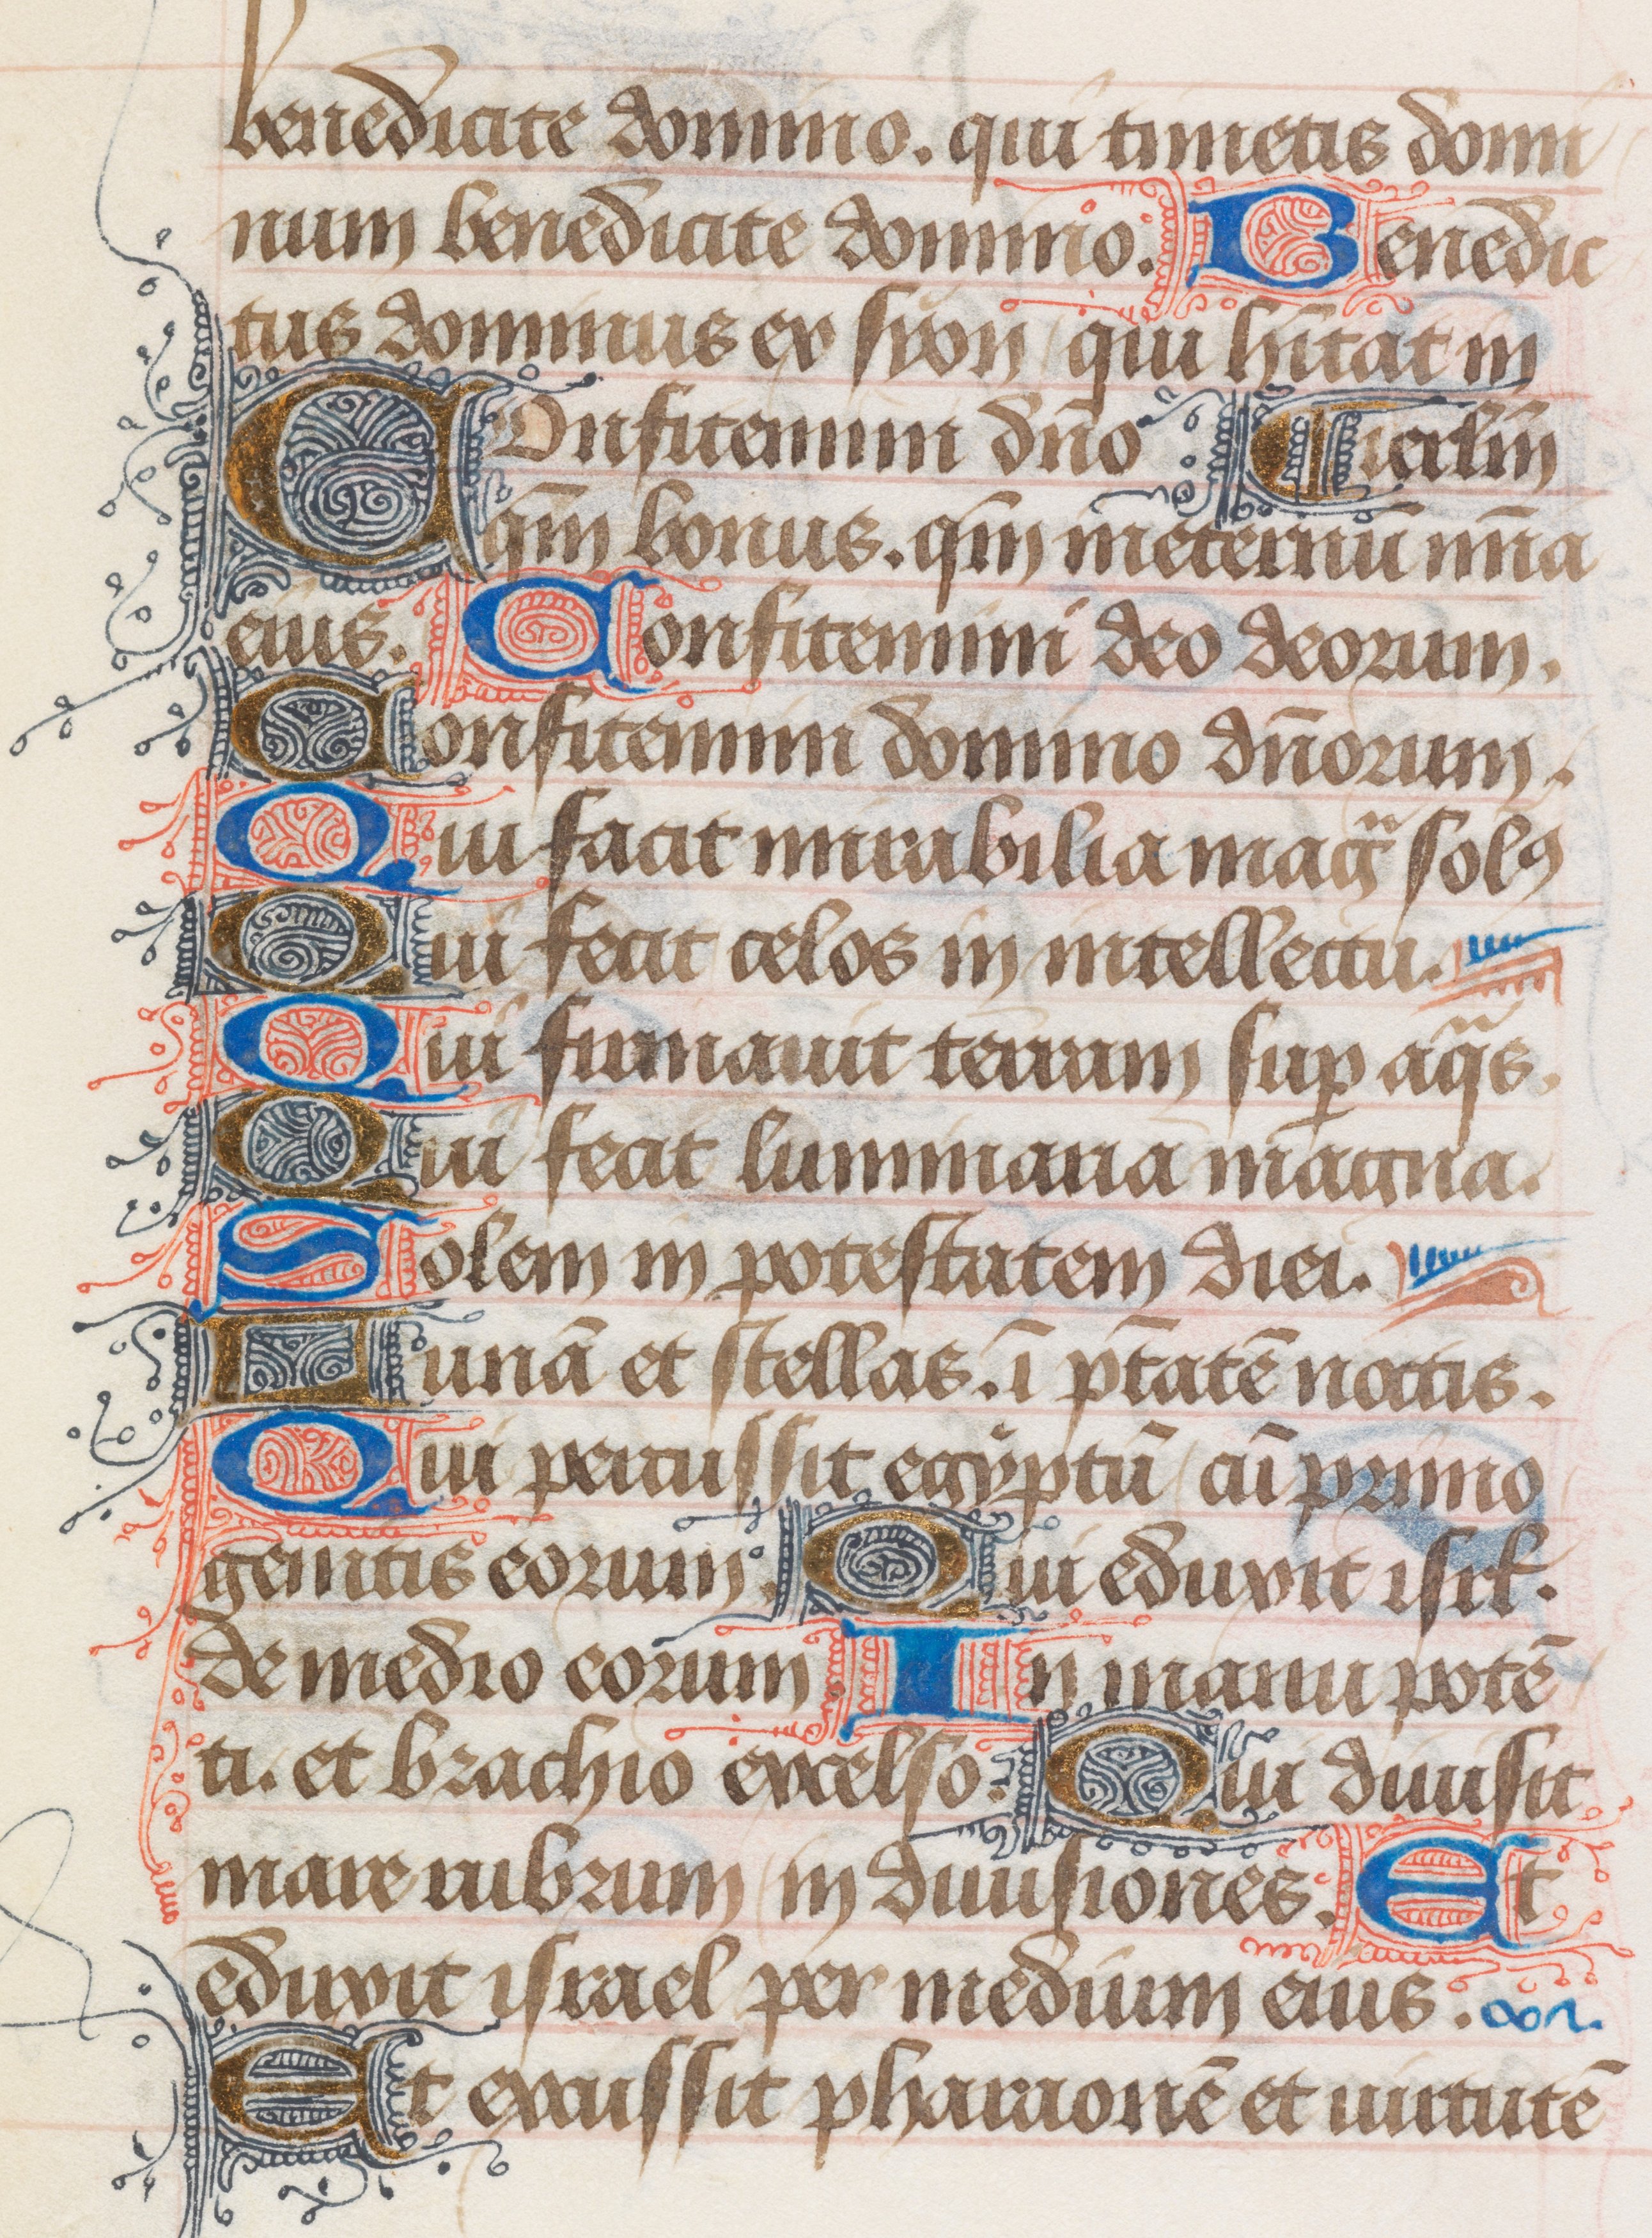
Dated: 1400–1499